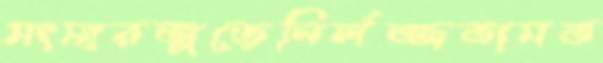
সংসারজুড়েনির্লজ্জতামত